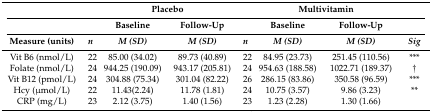
<table><thead><tr><td></td><td></td><td colspan="2"><b>Placebo</b></td><td></td><td colspan="2"><b>Multivitamin</b></td><td></td></tr><tr><td></td><td></td><td><b>Baseline</b></td><td><b>Follow-Up</b></td><td></td><td><b>Baseline</b></td><td><b>Follow-Up</b></td><td></td></tr><tr><td><b>Measure (units)</b></td><td><b><i>n</i></b></td><td><b><i>M (SD)</i></b></td><td><b><i>M (SD)</i></b></td><td><b><i>n</i></b></td><td><b><i>M (SD)</i></b></td><td><b><i>M (SD)</i></b></td><td><b><i>Sig</i></b></td></tr></thead><tbody><tr><td>Vit B6 (nmol/L)</td><td>22</td><td>85.00 (34.02)</td><td>89.73 (40.89)</td><td>22</td><td>84.95 (23.73)</td><td>251.45 (110.56)</td><td>***</td></tr><tr><td>Folate (nmol/L)</td><td>24</td><td>944.25 (190.09)</td><td>943.17 (205.81)</td><td>24</td><td>954.63 (188.58)</td><td>1022.71 (189.37)</td><td>†</td></tr><tr><td>Vit B12 (pmol/L)</td><td>24</td><td>304.88 (75.34)</td><td>301.04 (82.22)</td><td>26</td><td>286.15 (83.86)</td><td>350.58 (96.59)</td><td>***</td></tr><tr><td>Hcy (μmol/L)</td><td>22</td><td>11.43(2.24)</td><td>11.78 (1.81)</td><td>24</td><td>10.75 (3.57)</td><td>9.86 (3.23)</td><td>**</td></tr><tr><td>CRP (mg/L)</td><td>23</td><td>2.12 (3.75)</td><td>1.40 (1.56)</td><td>23</td><td>1.23 (2.28)</td><td>1.30 (1.66)</td><td></td></tr></tbody></table>